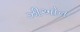
ઝીઓન